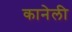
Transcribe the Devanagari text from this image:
कानेली